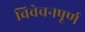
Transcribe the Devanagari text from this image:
विवेचनपूर्ण